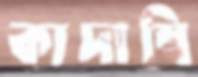
কাদাম্বি